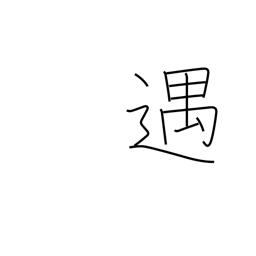
Meaning: entertain